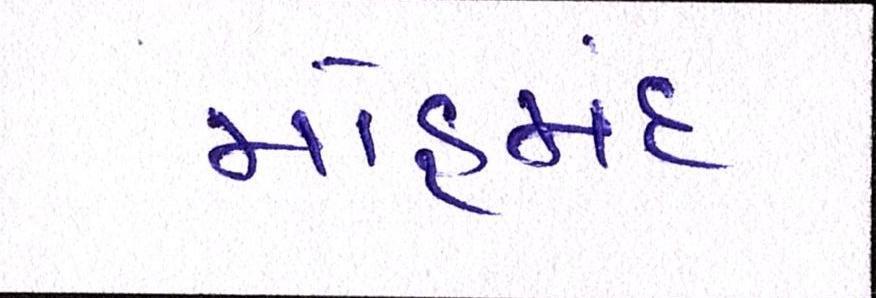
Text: મોહમંદ